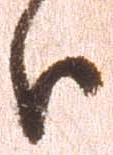
分